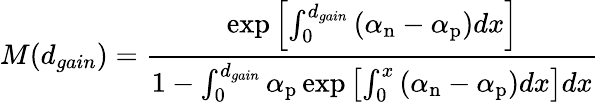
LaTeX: M(d_{gain})=\frac{\exp\left[\int_{0}^{d_{gain}}\left(\alpha_{\mathrm{n}}-\alpha_{\mathrm{p}}\right)dx\right]}{1-\int_{0}^{d_{gain}}\alpha_{\mathrm{p}}\exp\left[\int_{0}^{x}\left(\alpha_{\mathrm{n}}-\alpha_{\mathrm{p}}\right)dx\right]dx}